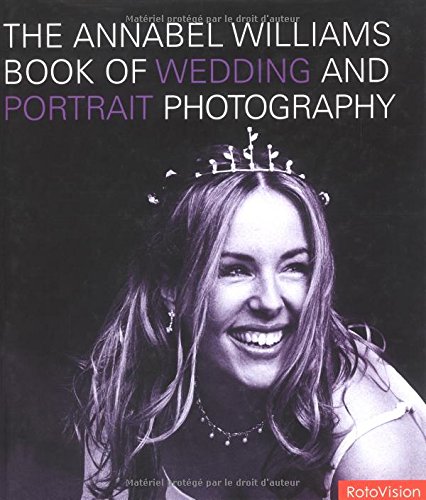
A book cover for The Annabel Williams Book of Wedding and Portrait Photography; Annabel Williams; Crafts, Hobbies & Home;